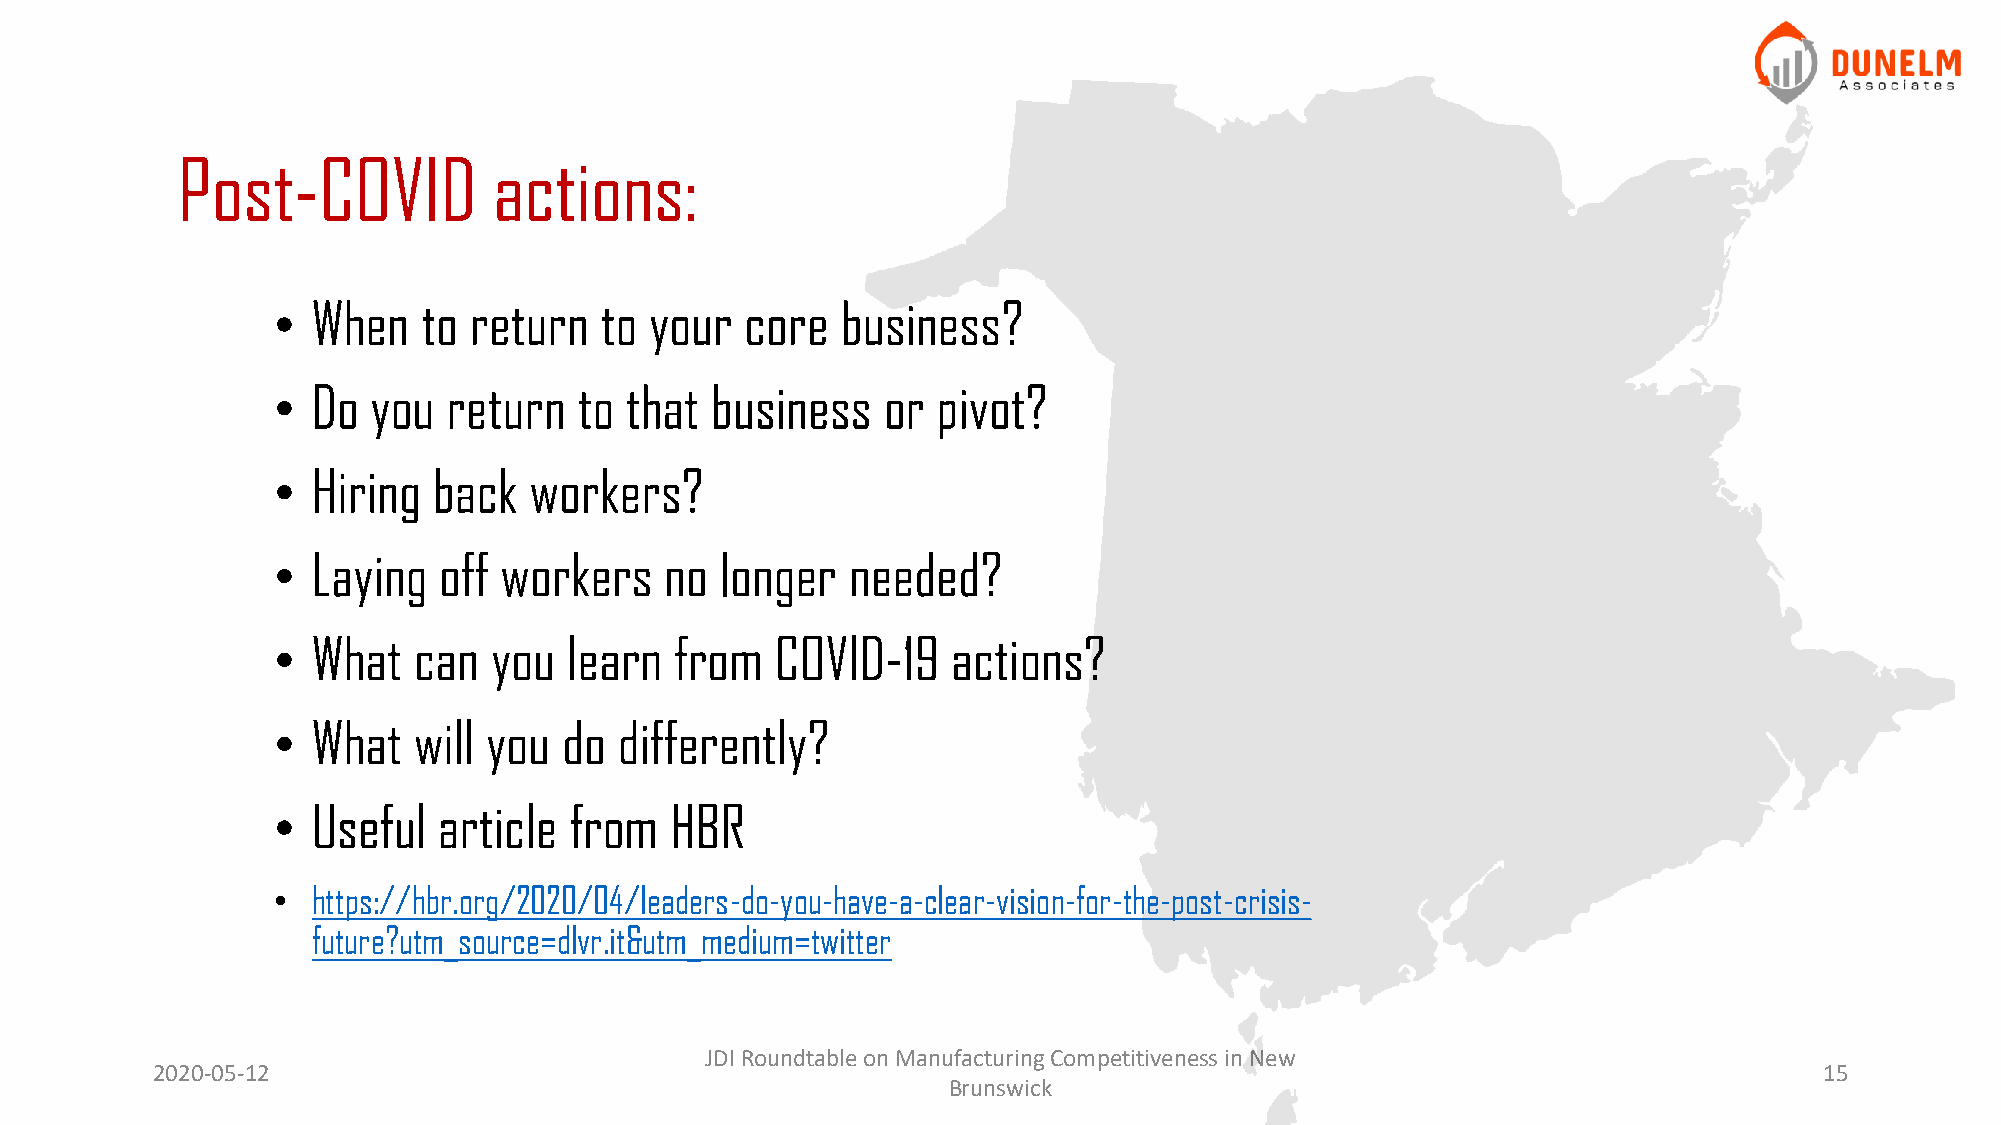
Post-COVID           actions:
 •  When   to return   to your  core   business?
 •  Do  you  return  to that  business   or  pivot?
 •  Hiring  back  workers?
 •  Laying  off workers    no  longer  needed?
 •  What  can  you   learn  from  COVID-19    actions?
 •  What  will you  do  differently?
 •  Useful  article  from  HBR
 •  https://hbr.org/2020/04/leaders-do-you-have-a-clear-vision-for-the-post-crisis-
 future?utm_source=dlvr.it&utm_medium=twitter
 JDI Roundtable on Manufacturing Competitiveness in New
 2020-05-12                                                                                                     15
 Brunswick